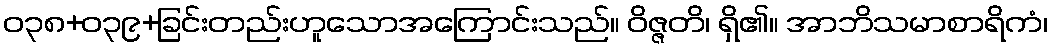
ဝ၃၈+၀၃၉+ခြင်းတည်းဟူသောအကြောင်းသည်။ ဝိဇ္ဇတိ၊ ရှိ၏။ အာဘိသမာစာရိကံ၊